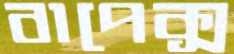
বাপেক্স